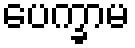
ပေက္ခာမ